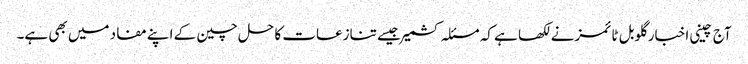
آج چینی اخبار گلوبل ٹائمزنے لکھا ہے کہ مسئلہ کشمیر جیسے تنازعات کا حل چین کے اپنے مفاد میں بھی ہے۔